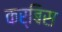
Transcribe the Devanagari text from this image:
कर्बिस